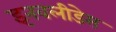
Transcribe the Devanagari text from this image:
इनवलीडेस